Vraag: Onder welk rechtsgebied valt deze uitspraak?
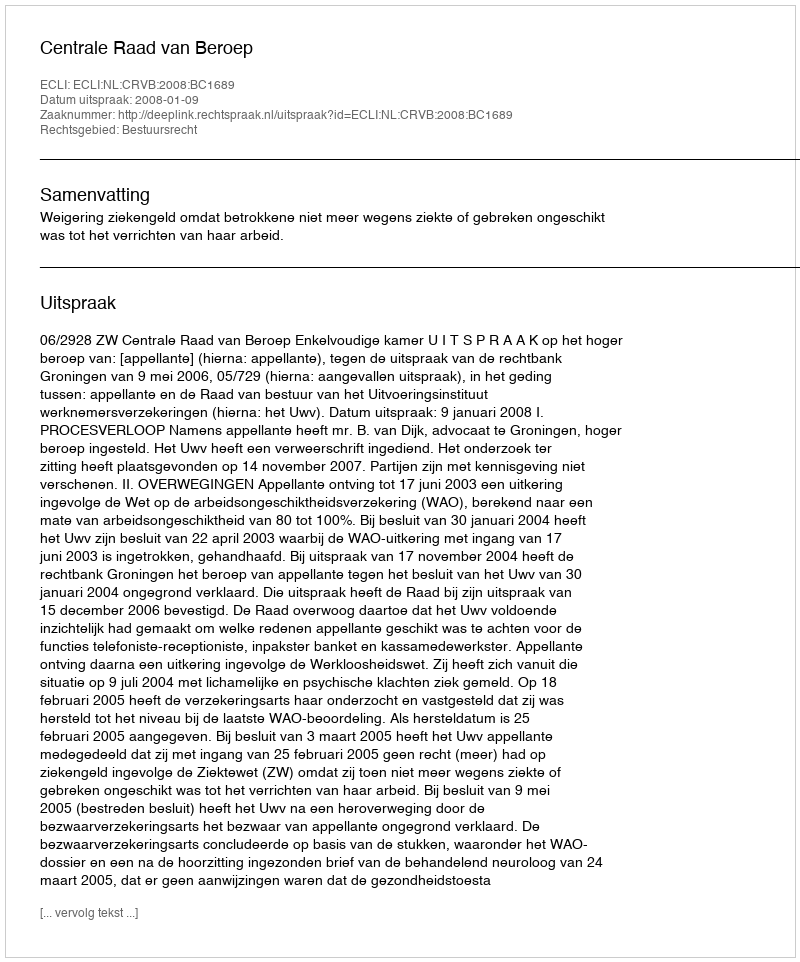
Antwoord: Bestuursrecht